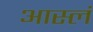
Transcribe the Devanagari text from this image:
आस्लं